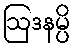
ဩဒနမ္ပိ